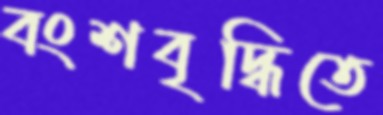
বংশবৃদ্ধিতে